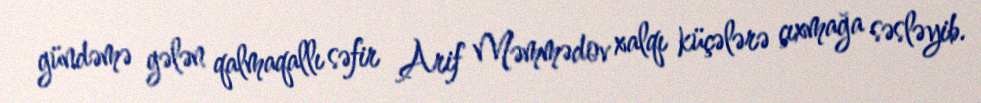
gündəmə gələn qalmaqallı səfir Arif Məmmədov xalqı küçələrə çıxmağa səsləyib.